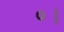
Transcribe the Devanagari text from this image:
०।